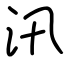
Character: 汛